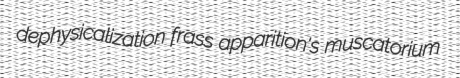
dephysicalization frass apparition's muscatorium